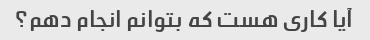
آیا کاری هست که بتوانم انجام دهم؟